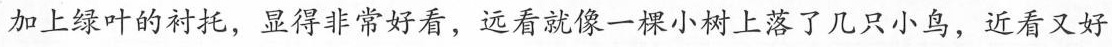
加上绿叶的衬托，显得非常好看，远看就像一棵小树上落了几只小鸟，近看又好